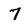
Character: 7